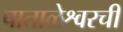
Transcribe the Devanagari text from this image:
पाताळेश्वरची